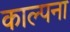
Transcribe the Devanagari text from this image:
काल्पना